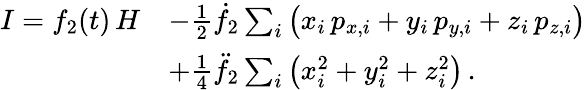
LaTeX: \begin{array}{rl}{I=f_{2}(t)\, H}&{-{\textstyle\frac{1}{2}}\dot{f}_{2}\sum_{i}\big(x_{i}\, p_{x,i}+y_{i}\, p_{y,i}+z_{i}\, p_{z,i}\big)}\\ &{+{\textstyle\frac{1}{4}}\ddot{f}_{2}\sum_{i}\big(x_{i}^{2}+y_{i}^{2}+z_{i}^{2}\big)\, .}\end{array}